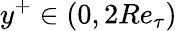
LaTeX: y^{+}\in(0,2Re_{\tau})